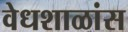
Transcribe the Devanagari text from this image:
वेधशाळांस